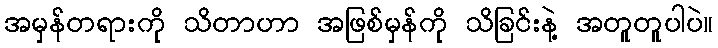
အမှန်တရားကို သိတာဟာ အဖြစ်မှန်ကို သိခြင်းနဲ့ အတူတူပါပဲ။